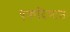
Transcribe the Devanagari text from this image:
एकदिष्‍टतः